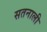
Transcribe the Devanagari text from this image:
सतनाली